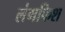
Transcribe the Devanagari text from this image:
लंगफिश